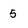
Character: 5